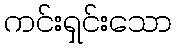
ကင်းရှင်းသော